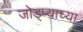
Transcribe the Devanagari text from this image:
जोड्प्याच्या